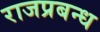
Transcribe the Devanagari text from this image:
राजप्रबन्ध